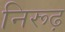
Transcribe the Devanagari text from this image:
निरूढ़